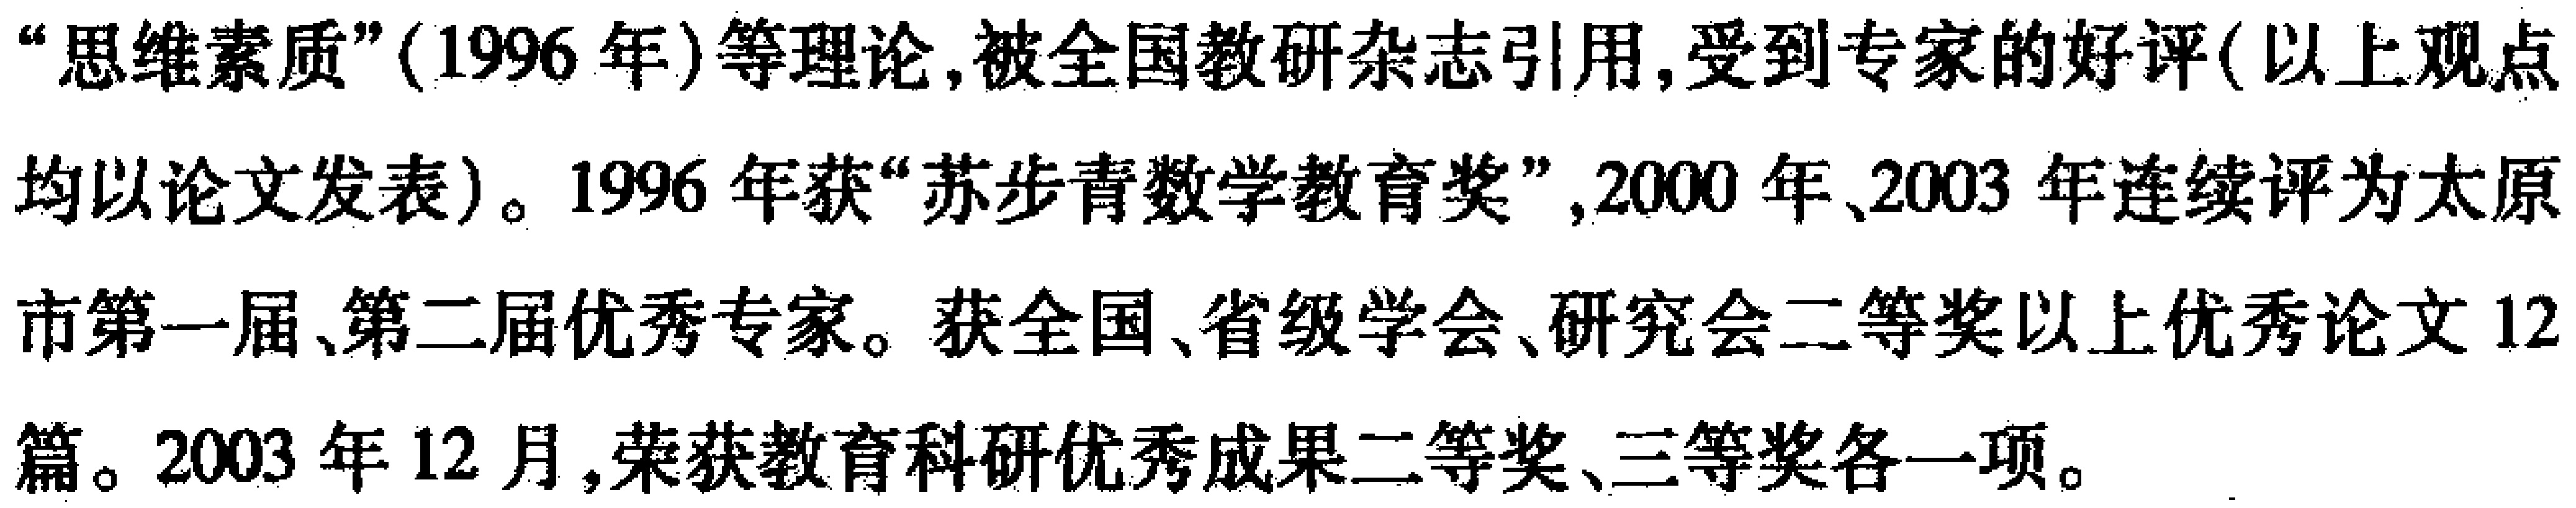
“思维素质”(1996 年)等理论,被全国教研杂志引用,受到专家的好评(以上观点均以论文发表)。1996 年获“苏步青数学教育奖”,2000 年、2003 年连续评为太原市第一届、第二届优秀专家。获全国、省级学会、研究会二等奖以上优秀论文 12篇。2003 年 12 月,荣获教育科研优秀成果二等奖、三等奖各一项。